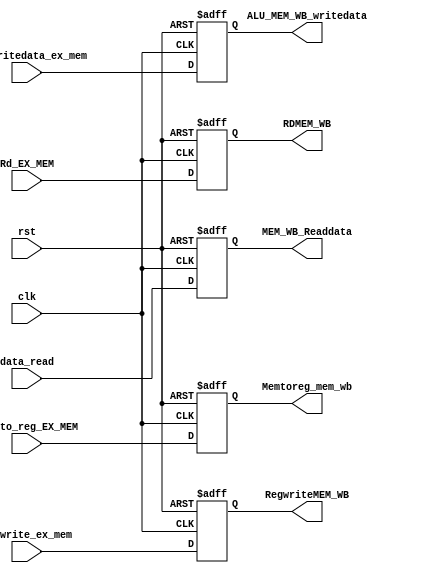
`timescale 1ns / 1ps
//////////////////////////////////////////////////////////////////////////////////
// Company: 
// Engineer: 
// 
// Design Name: 
// Module Name: Mem_Wb_p
// Project Name: 
// Target Devices: 
// Tool Versions: 
// Description: 
// 
// Dependencies: 
// 
// Revision:
// Revision 0.01 - File Created
// Additional Comments:
// 
//////////////////////////////////////////////////////////////////////////////////


module Mem_Wb_p(input clk,
input rst,
input [4:0]Rd_EX_MEM,
input [31:0] ALU_writedata_ex_mem,
input [31:0]data_read,
input regwrite_ex_mem,
input mem_to_reg_EX_MEM,
output [31:0]MEM_WB_Readdata,
output [31:0]ALU_MEM_WB_writedata,
output RegwriteMEM_WB,
output [4:0] RDMEM_WB,
output Memtoreg_mem_wb

    );
   reg [31:0]MEM_WB_ALUwritedata;
   reg Reg_writeMEM_WB;
   reg [4:0] RD_MEMWB;
   reg[31:0]MEM_WB_Read_data;
   reg mem_to_reg_MEM_WB;
   
   assign ALU_MEM_WB_writedata=MEM_WB_ALUwritedata;
   assign RegwriteMEM_WB=Reg_writeMEM_WB;
   assign RDMEM_WB=RD_MEMWB;
   assign MEM_WB_Readdata=MEM_WB_Read_data;
   assign Memtoreg_mem_wb=mem_to_reg_MEM_WB;
   
   always @(posedge clk,negedge rst)
     begin
         if (rst==0)
            begin
           MEM_WB_ALUwritedata=32'b0;
            Reg_writeMEM_WB=0;
           RD_MEMWB=5'b0;
            MEM_WB_Read_data=32'b0;
            mem_to_reg_MEM_WB=0;
            end
         else
           begin
            MEM_WB_ALUwritedata=ALU_writedata_ex_mem;
            Reg_writeMEM_WB=regwrite_ex_mem;
             RD_MEMWB=Rd_EX_MEM;
           MEM_WB_Read_data=data_read;
           mem_to_reg_MEM_WB=mem_to_reg_EX_MEM;
           
           end   
     end
    
    
endmodule